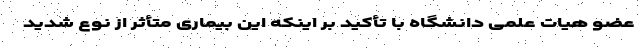
عضو هیات علمی دانشگاه با تأکید بر اینکه این بیماری متأثر از نوع شدید